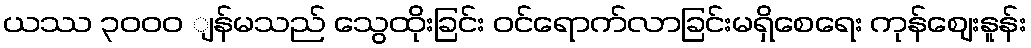
ယဿ ၃၀၀ဝ ျန်မသည် သွေထိုးခြင်း ဝင်ရောက်လာခြင်းမရှိစေရေး ကုန်ဈေးနူန်း